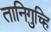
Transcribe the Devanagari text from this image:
तानिगुच्हि